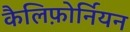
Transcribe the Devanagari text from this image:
कैलिफ़ोर्नियन